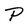
Character: P